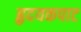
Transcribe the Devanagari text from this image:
हृदयकपाट